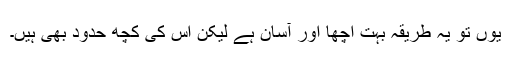
یوں تو یہ طریقہ بہت اچھا اور آسان ہے لیکن اس کی کچھ حدود بھی ہیں۔